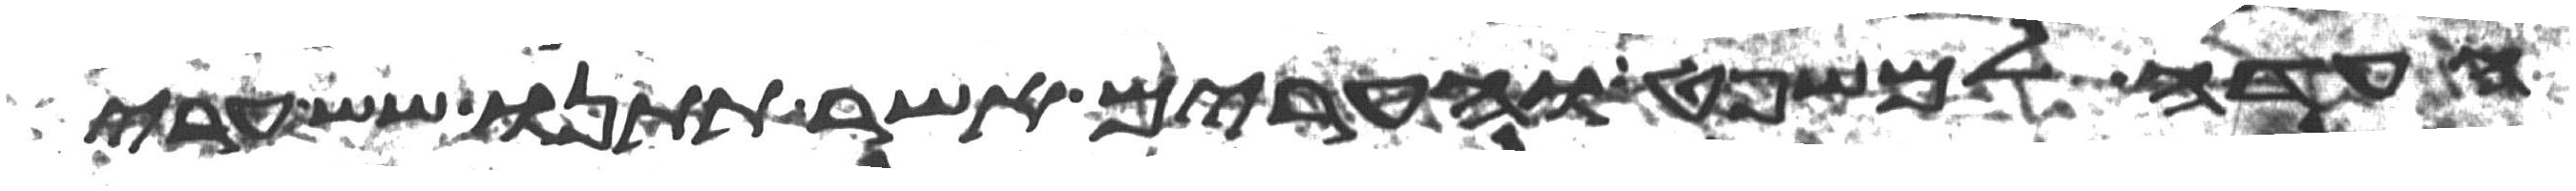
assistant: העדה למשפט והערים אשר תתנו שש ערי